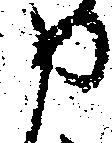
申